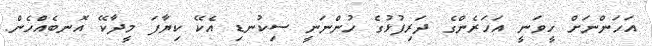
އަހަންނަށް ހީވަނީ އަހަރެންގެ ދަރިފުޅުގެ ހުންނަނީ ސިކުނޑި އެކޭ ކިޔާފަ މީދާކޭ އޮނބެއްހެން.